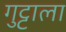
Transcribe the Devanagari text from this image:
गुट्टाला